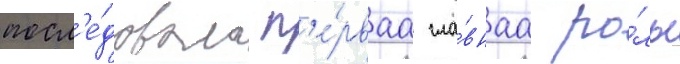
посл'е́довала п'е́рваа гла́внаа ро́ль